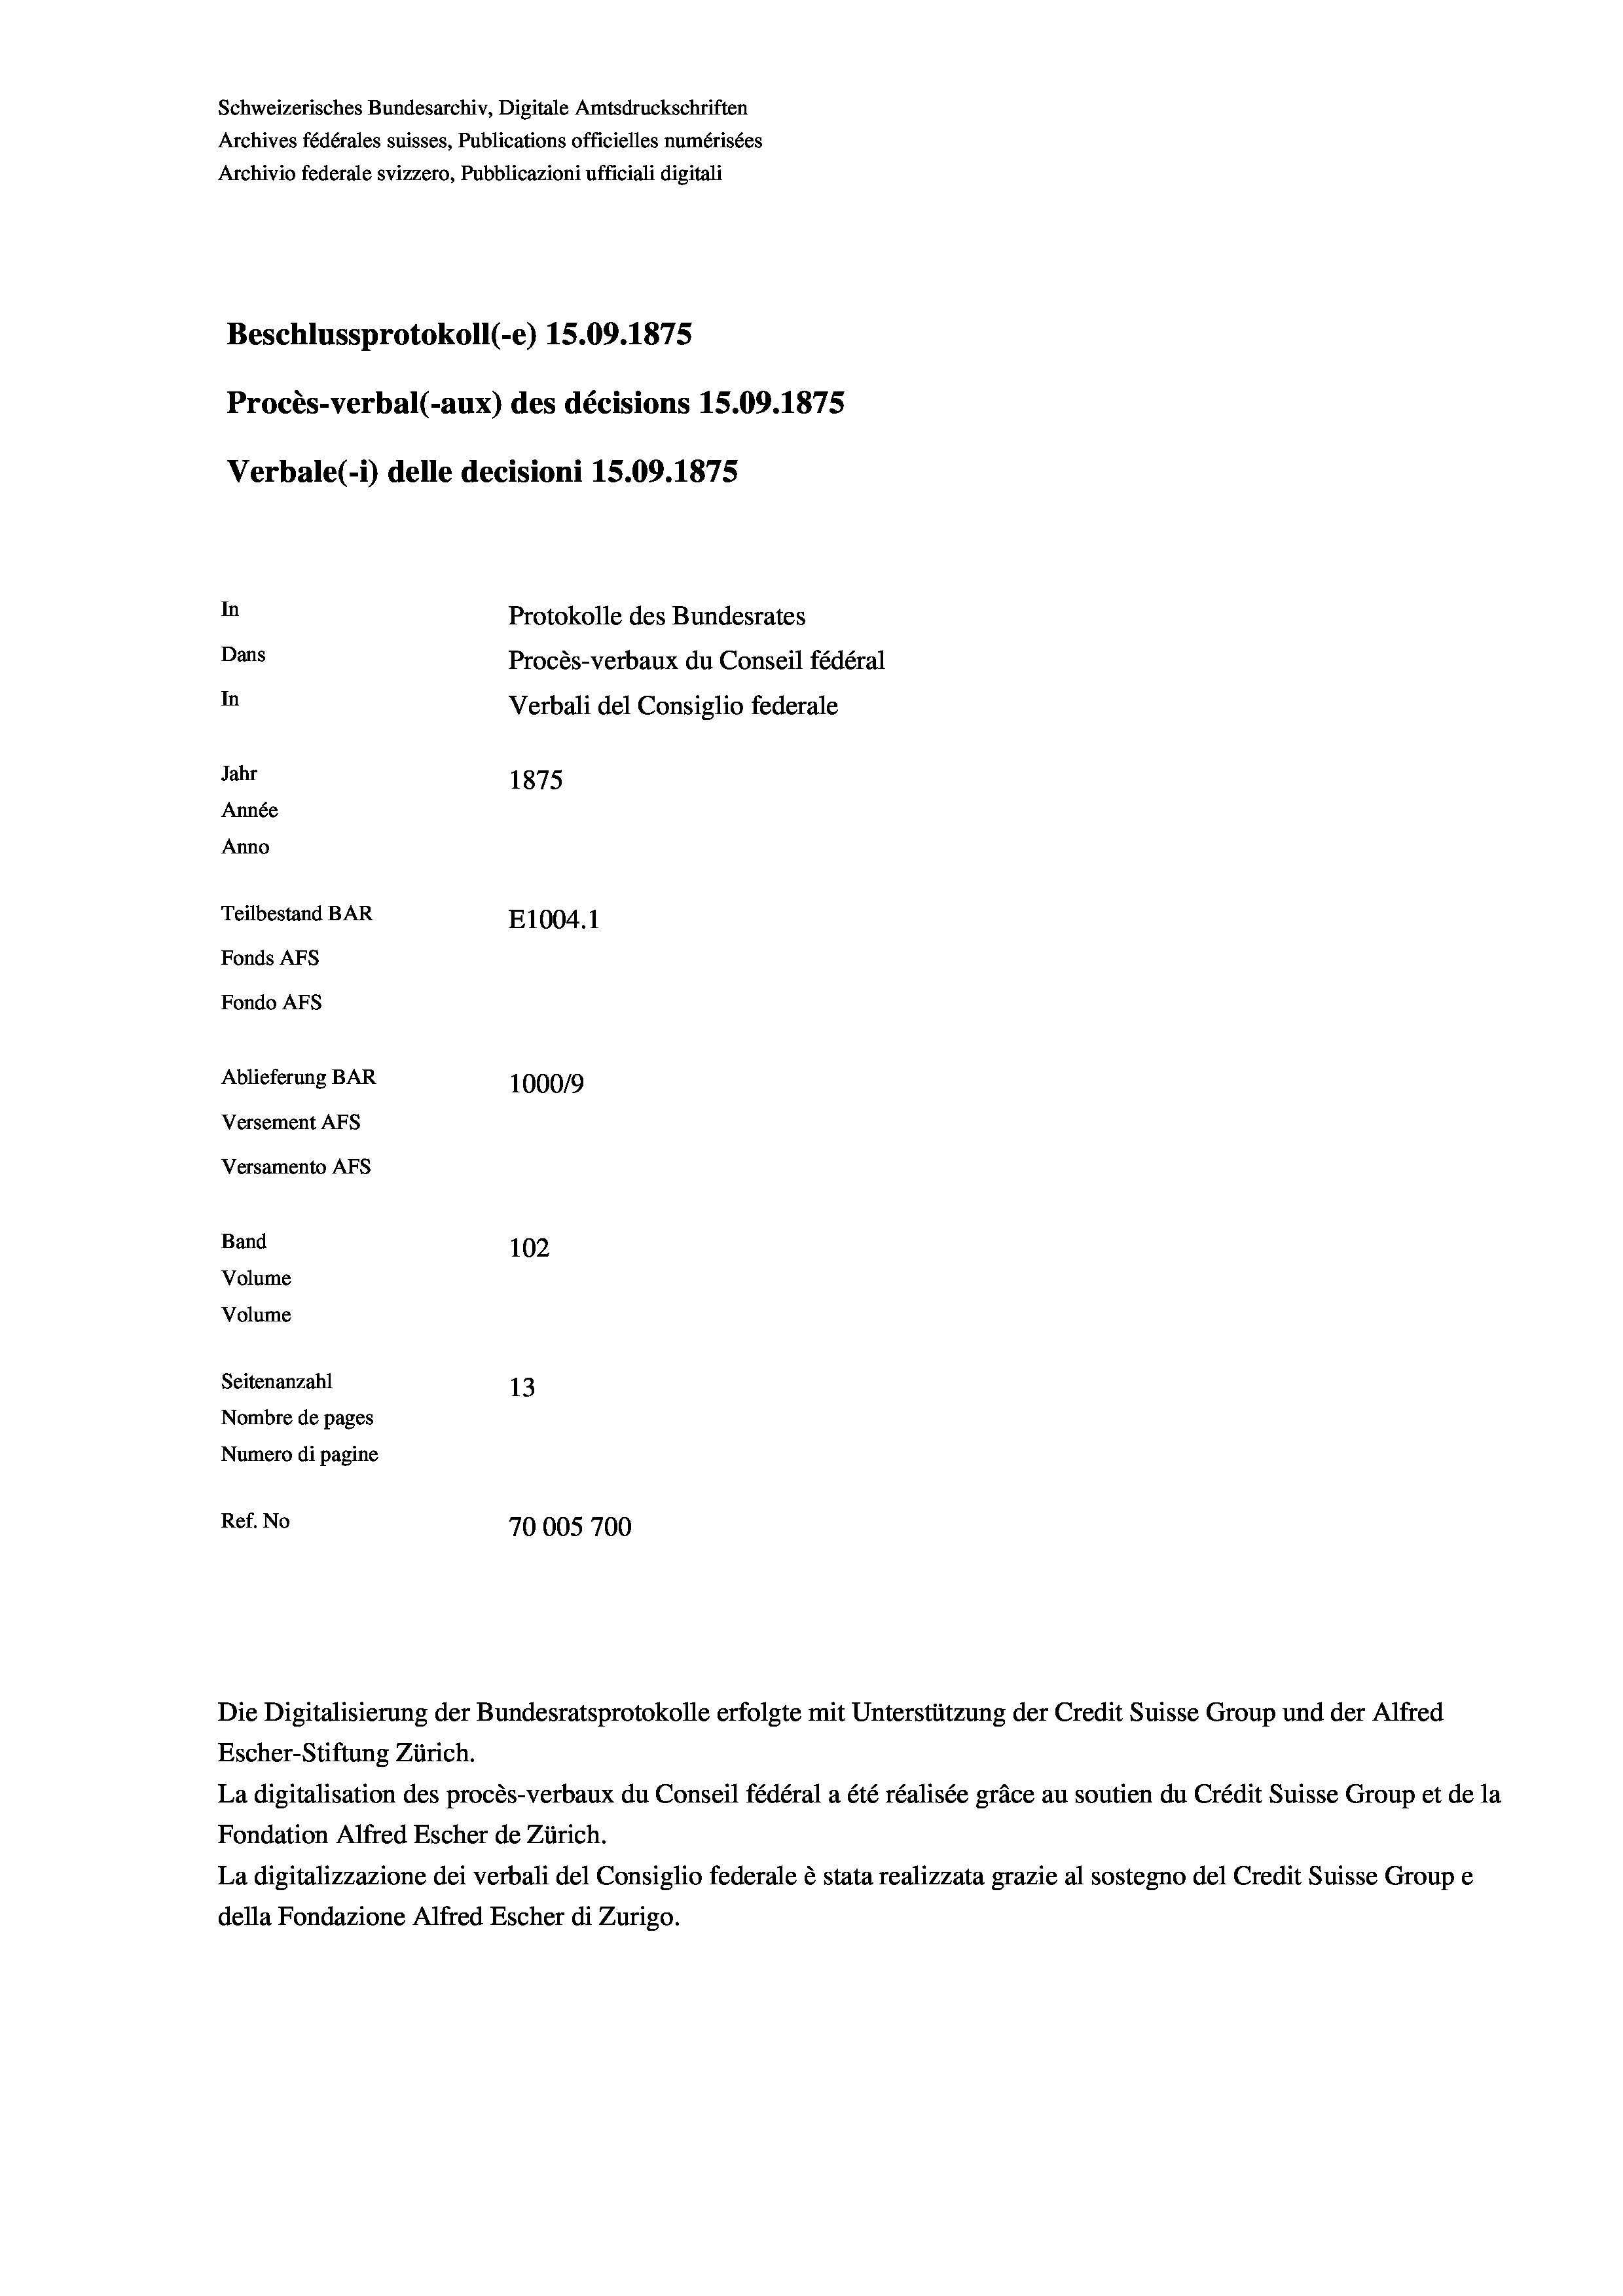
Schweizerisches Bundesarchiv, Digitale Amtsdruckschriften
Archives fédérales suisses, Publications officielles numérisées
Archivio federale svizzero, Pubblicazioni ufficiali digitali
Beschlussprotokoll (-e) 15.09. 1875
Procès-verbal (-aux) des décisions 15.09.1875
Verbale (1) delle decisioni 15.09. 1875
In
Protokolle des Bundesrates
Dans
Procès-verbaux du Conseil fédéral
In
Verbali del Consiglio federale
Jahr
1875
Année
Anno
Teilbestand BAR
E1004. 1
Fonds Afs
Fondo AFs
Ablieferung BAR
1000/9
Versement Abs
Versamento AFs

102
Volume
Seitenanzahl
13
Nombre de pages
Numero di pagine
Ref. No
70005700

Band
Volume

Die Digitalisierung der Bundesratsprotokolle erfolgte mit Unterstützung der Credit Suisse Group und der Alfred
Escher-Stiftung Zürich.
La digitalisation des procès-verbaux du Conseil fédéral a été réalisée gräce au soutien du Crédit Suisse Group et de la
Fondation Alfred Escher de Zürich.
La digitalizzazione dei verbali del Consiglio federale è stata realizzata grazie al sostegno del Credit Suisse Groupe
della Fondazione Alfred Escher di Zurigo.